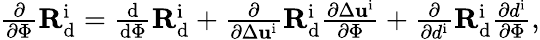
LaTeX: \begin{array}{r}{\frac{\partial}{\partial\Phi}\mathbf{R}_{\mathrm{d}}^{\mathrm{i}}=\frac{\mathrm{d}}{\mathrm{d}\Phi}\mathbf{R}_{\mathrm{d}}^{\mathrm{i}}+\frac{\partial}{\partial\Delta{{\mathbf{u}}^{\mathrm{i}}}}\mathbf{R}_{\mathrm{d}}^{\mathrm{i}}\frac{\partial\Delta{{\mathbf{u}}^{\mathrm{i}}}}{\partial\Phi}+\frac{\partial}{\partial{{d}^{\mathrm{i}}}}\mathbf{R}_{\mathrm{d}}^{\mathrm{i}}\frac{\partial{{d}^{\mathrm{i}}}}{\partial\Phi},}\end{array}